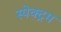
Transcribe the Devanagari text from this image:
स्‍पेक्‍ट्रम